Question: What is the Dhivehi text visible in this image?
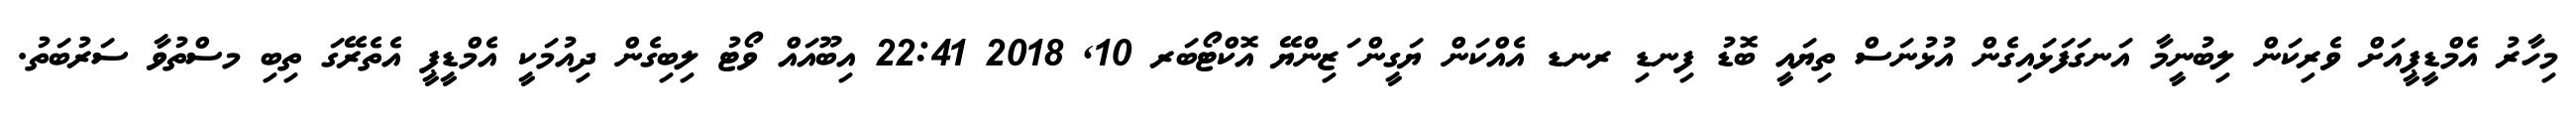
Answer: މިހާރު އެމްޑީޕީއަށް ވެރިކަން ލިބުނީމާ އަނގަފަޅައިގެން އުޅުނަސް ތިޔައީ ބޮޑު ފިނޑި ރނޑ އެއްކަން ޔަގީން ަޒިންޔޭ އޮކްޓޯބަރ 10, 2018 22:41 އިބޫއައް ވޯޓު ލިބިގެން ދިއުމަކީ އެމްޑީޕީ އެތެރޭގަ ތިބި މސްތުވާ ސަރުބަތު.